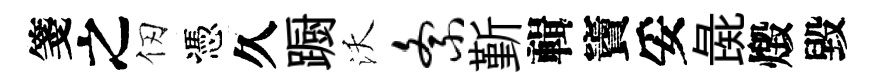
箋之仞憑久蹰沃紊斳輯竇妥彘燬毀